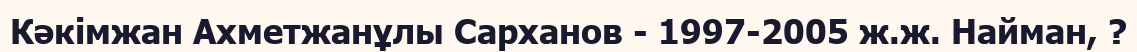
Кәкімжан Ахметжанұлы Сарханов - 1997-2005 ж.ж. Найман, ?